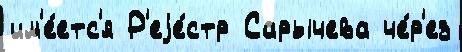
им'е́етс'я Р'еjе́стр Сарычева че́р'ез